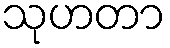
သုဟတာ